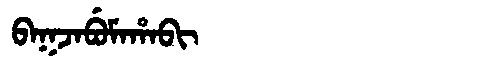
Manchu: ᠪᠠᡴᠵᠠᠪᡠᠮᠠᡥᠠᠪᡳ
Romanization: BAKJABUMAHABI